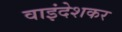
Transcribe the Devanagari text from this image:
वाइंदेशकर